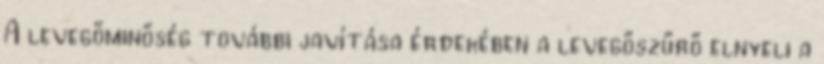
A levegőminőség további javítása érdekében a levegőszűrő elnyeli a